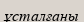
ұсталғаны